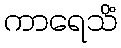
ကာရေသိံ